Scottish Leaving Certificate Examination, 1954
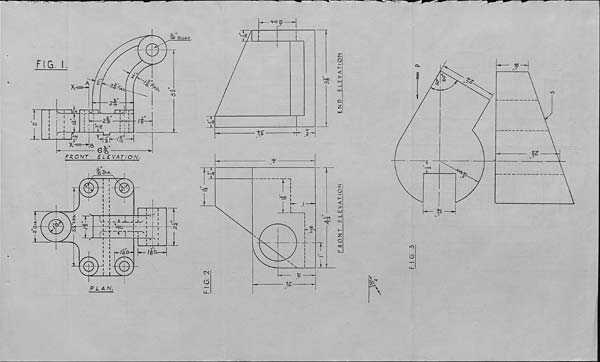
2 OlAr
FIG. I.
X-^
-AN
>o
i-
25
x*
/ 8
2-a
-w
ca
«5|®
1
ui
■INi
^'Mlr
16 e%"
FRONT
E LEVAT/ON.
A- Bore.
Dia.
i i
i J !_1
-IN
«Kd
-^-N-l-f-
' I
h^/ia-
IqD.
#
©
■ via c|
rsoj
CO
NJ»
t£
PLAN.
t
'm®
T n
ml®
I
’"t-
h Z*
Cn
CD
FRONT F.LEVATION
END ELEVATION